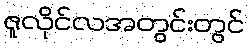
ဇူလိုင်လအတွင်းတွင်